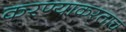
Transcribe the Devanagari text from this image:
करण्याकरताच